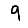
Digit: 9